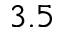
3 . 5